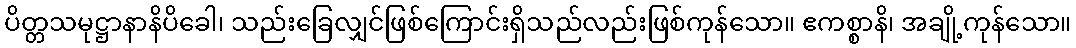
ပိတ္တသမုဋ္ဌာနာနိပိခေါ၊ သည်းခြေလျှင်ဖြစ်ကြောင်းရှိသည်လည်းဖြစ်ကုန်သော။ ဧကစ္စာနိ၊ အချို့ကုန်သော။